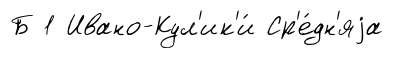
Б 1 Ивано-Кул'ик'и́ Ср'е́дн'яjа